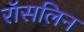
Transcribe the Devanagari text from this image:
रॉसलिन